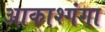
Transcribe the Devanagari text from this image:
आकाश्गंगा